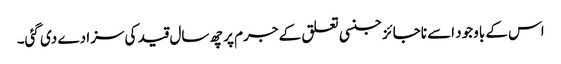
اس کے باوجود اسے ناجائز جنسی تعلق کے جرم پر چھ سال قید کی سزا دے دی گئی۔